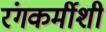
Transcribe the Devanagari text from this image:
रंगकर्मीशी